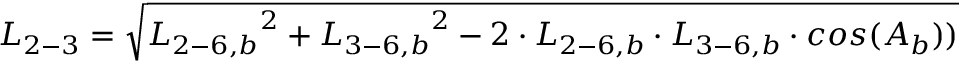
{ L _ { 2 - 3 } } = \sqrt { { L _ { 2 - 6 , b } } ^ { 2 } + { L _ { 3 - 6 , b } } ^ { 2 } - 2 \cdot { L _ { 2 - 6 , b } } \cdot { L _ { 3 - 6 , b } } \cdot c o s ( { A _ { b } } ) ) }